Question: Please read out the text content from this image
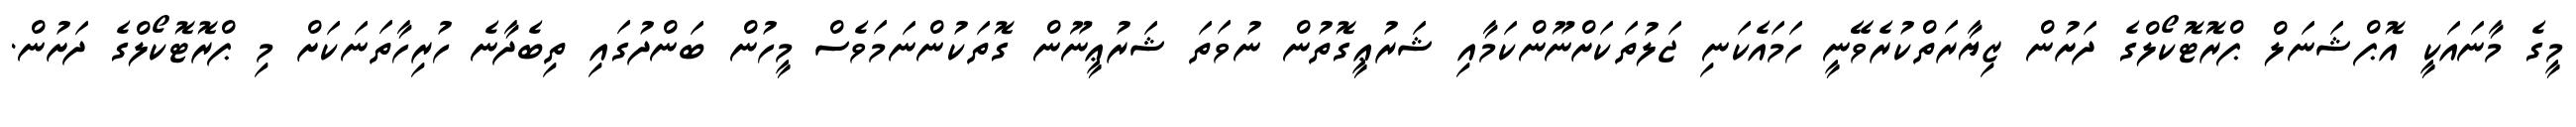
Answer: މީގެ މާނައަކީ އޮޕްޝަނަލް ޕްރޮޓޮކޯލްގެ ދަށުން ޒިޔާރަތްކުރެވޭނީ ހަމައެކަނި ޖަލުތަކަށްނޫންކަމާއި ޝަރުޢީގޮތުން ނުވަތަ ޝަރުޢީނޫން ގޮތަކުންނަމަވެސް މީހުން ބަންދުގައި ތިބެދާނެ ހުރިހާތަނަކަށް މި ޕްރޮޓޮކޯލްގެ ދަށުން.